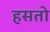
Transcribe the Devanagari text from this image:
हसतो